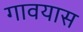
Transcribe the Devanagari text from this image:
गावयास